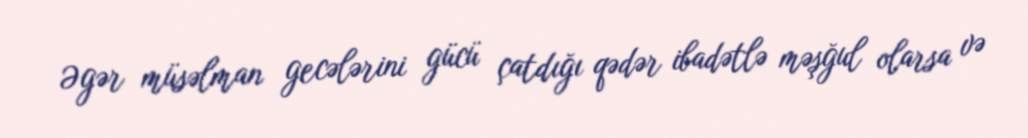
Əgər müsəlman gecələrini gücü çatdığı qədər ibadətlə məşğul olarsa və